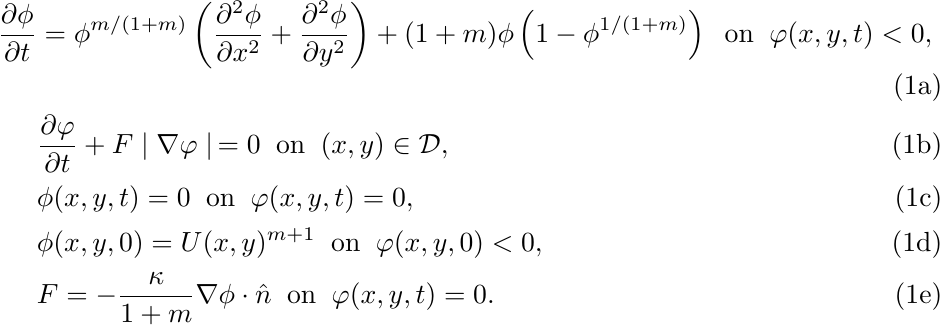
\begin{subequations}
 \label{eq:level_system}
\begin{align}%\label{heat_equation_1}
    \frac{\partial \phi}{\partial t}&= \phi^{m/(1+m)} \left(\frac{\partial^2 \phi}{\partial x^2}+ \frac{\partial^2 \phi}{\partial y^2}\right)+(1+m) \phi \left(1-\phi^{1/(1+m)}\right )\label{Eq:PFSLevelSet}\; \; \text{on}   \;\;   \varphi(x,y,t)<0,\\
    &\frac{\partial \varphi}{\partial t}+F \mid \nabla \varphi \mid \, = 0\;\;\text{on}   \;\;   (x,y)\in\mathcal{D}, \label{Eq:PFSLevelSetVelocity}\\
    &\phi(x,y,t)=0 \;\; \text{on}   \;\;  \varphi(x,y,t)=0, \\
    &\phi(x,y,0)=U(x,y)^{m+1} \;\; \text{on}   \;\; \varphi(x,y,0)<0,\\
    &F=-\frac{\kappa}{1+m}\nabla \phi \cdot \hat{n}\;\;  \text{on}   \;\;  \varphi(x,y,t)=0. \label{Eq:PFSLevelSet_Extension}
\end{align}
\end{subequations}